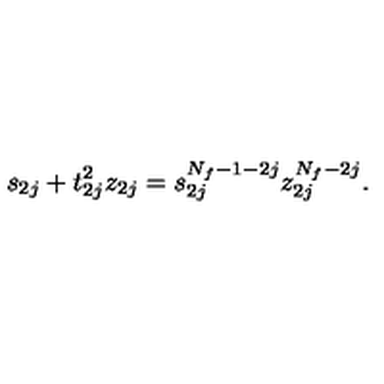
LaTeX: s _ { 2 j } + t _ { 2 j } ^ { 2 } z _ { 2 j } = s _ { 2 j } ^ { N _ { f } - 1 - 2 j } z _ { 2 j } ^ { N _ { f } - 2 j } .